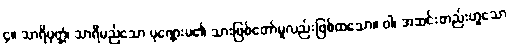
၄။ သာရိပုတ္တံ၊ သာရီမည်သော ပုဏ္ဏေးမ၏ သားဖြစ်တော်မူလည်းဖြစ်ထသော။ ဝါ၊ အဆင်းတည်းဟူသော